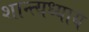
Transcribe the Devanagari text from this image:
शान्त्यध्याय